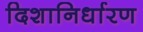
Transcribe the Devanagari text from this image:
दिशानिर्धारण